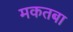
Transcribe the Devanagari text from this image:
मकतबा